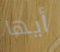
أيها